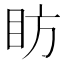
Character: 眆